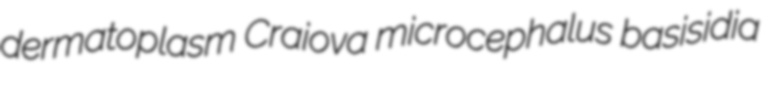
dermatoplasm Craiova microcephalus basisidia